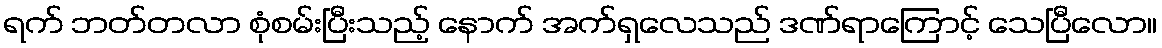
ရက် ဘတ်တလာ စုံစမ်းပြီးသည့် နောက် အက်ရှလေသည် ဒဏ်ရာကြောင့် သေပြီလော။